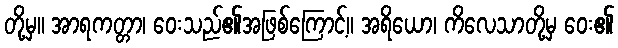
တို့မှ။ အာရကတ္တာ၊ ဝေးသည်၏အဖြစ်ကြောင့်။ အရိယော၊ ကိလေသာတို့မှ ဝေး၏